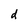
Character: d